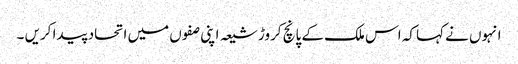
انہوں نے کہا کہ اس ملک کے پانچ کروڑ شیعہ اپنی صفوں میں اتحاد پیدا کریں ۔